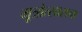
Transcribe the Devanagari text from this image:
मूत्रोत्साराचा